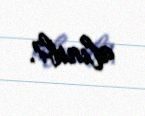
alınıb?.